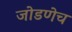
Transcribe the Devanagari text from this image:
जोडणेच